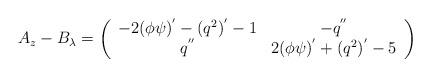
LaTeX: \begin{align*}A_{z} -B_{\lambda} = \left(\begin{array}{cc} -2 (\phi \psi)^{'} - (q^{2})^{'} -1 & - q^{''} \\ q^{''} & 2 (\phi \psi)^{'} + (q^{2})^{'} - 5 \end{array}\right)\end{align*}